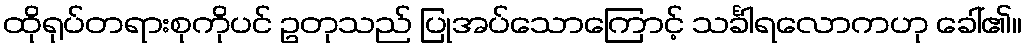
ထိုရုပ်တရားစုကိုပင် ဥတုသည် ပြုအပ်သောကြောင့် သင်္ခါရလောကဟု ခေါ်၏။